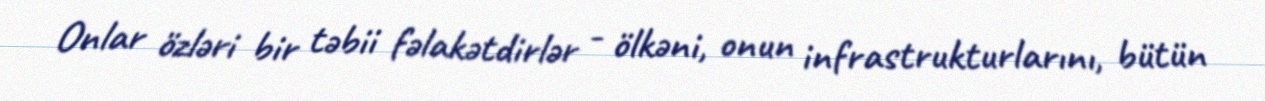
Onlar özləri bir təbii fəlakətdirlər - ölkəni, onun infrastrukturlarını, bütün